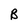
Character: B